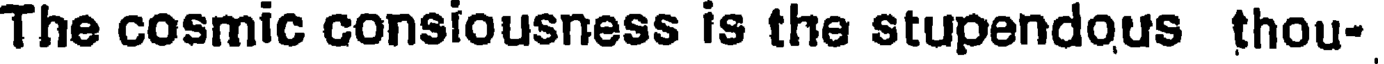
The cosmic consiousness is the stupendous thou-